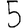
Digit: 5